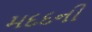
મદદની